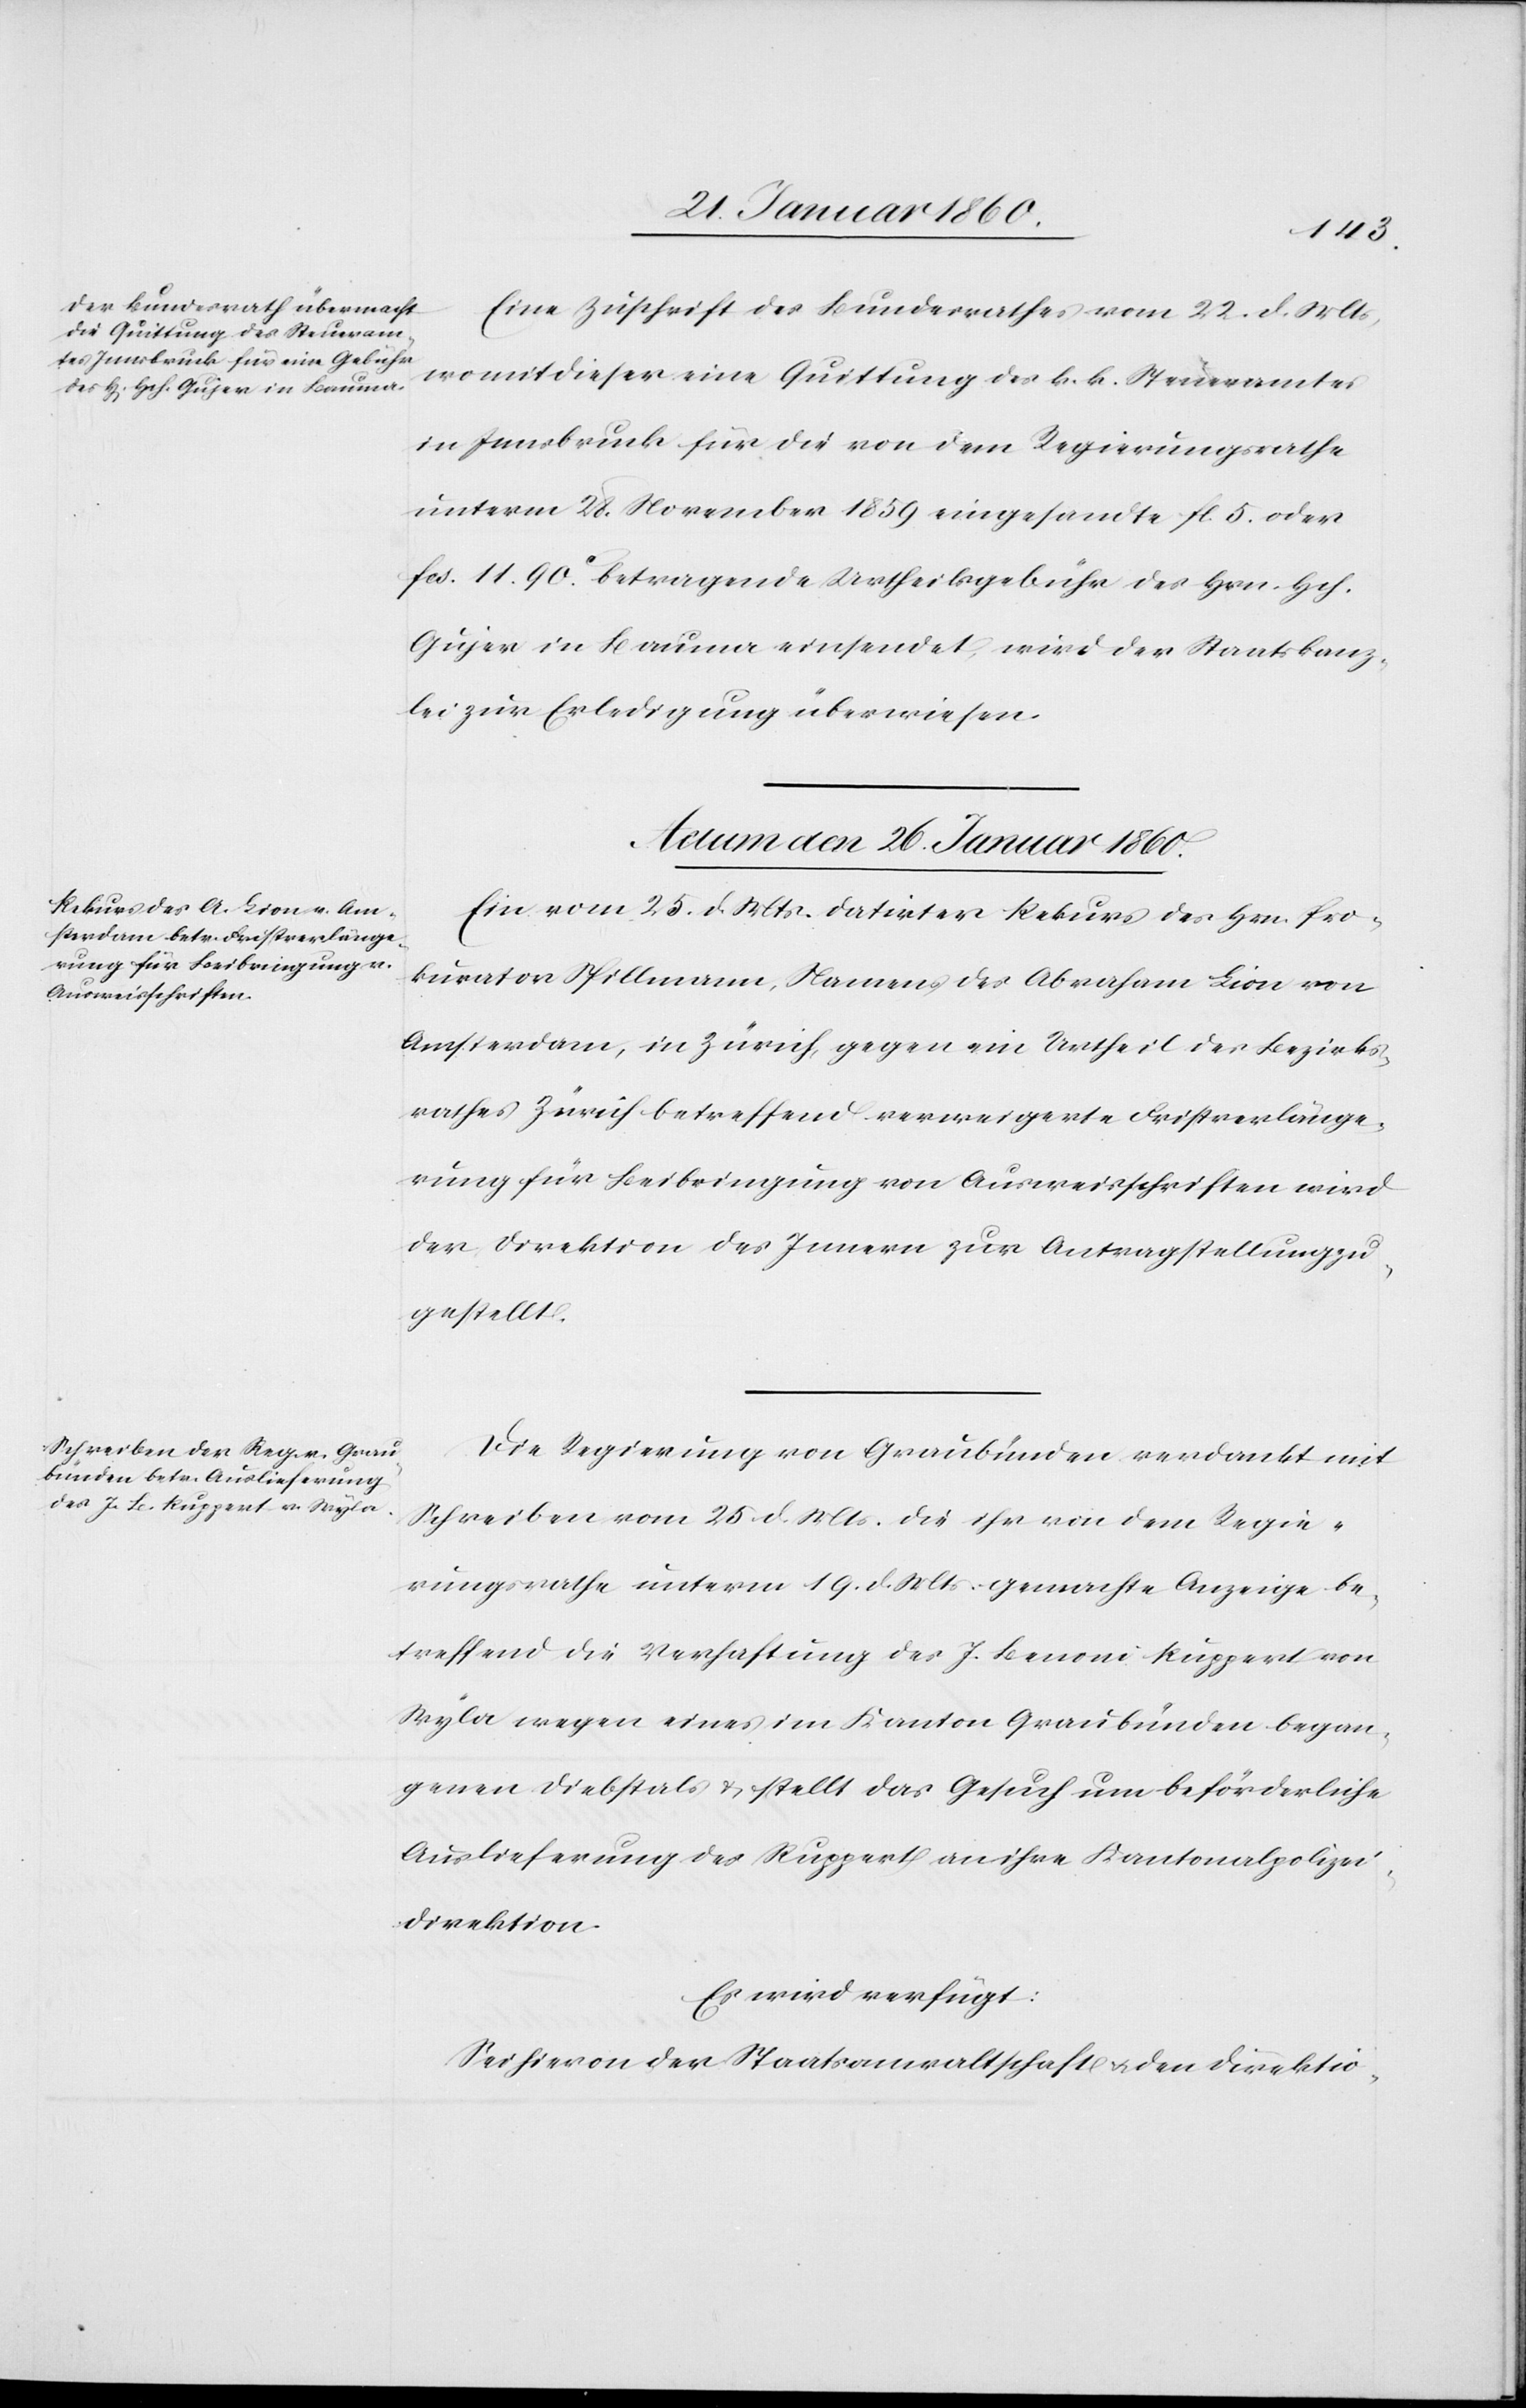
Eine Zuschrift des Bundesrathes vom 22. d. Mts.,
womit dieser eine Quittung des k. k. Steueramtes
in Innsbruck für die von dem Regierungsrathe
unterm, 28. November 1859. eingesandte fl. 5. oder
fcs. 11. 90.C betragende Urtheilsgebühr des Hrn. Hch.
Gujer in Bauma einsendet, wird der Staatskanz¬
lei zur Erledigung überwiesen.
Actum den 26. Januar 1860.]
Ein vom 25. d. Mts. datirter Rekurs des Hrn. Pro¬
kurator Spillmann, Namens des Abraham Lion von
Amsterdam, in Zürich, gegen ein Urtheil des Bezirks¬
rathes Zürich betreffend verweigerte Fristverlänge¬
rung für Beibringung von Ausweisschriften wird
der Direktion des Innern zur Antragstellung zu¬
gestellt.
Die Regierung von Graubünden verdankt mit
Schreiben vom 25. d. Mts. die ihr von dem Regie¬
rungsrathe unterm 19. d. Mts. gemachte Anzeige be¬
treffend die Verhaftung des J. Lenoni Ruppert von
Wyla wegen eines im Kanton Graubünden began¬
genen Diebstals u. stellt das Gesuch um beförderliche
Auslieferung des Ruppert an ihre Kantonalpolizei¬
direktion.
Es wird verfügt:
Sei hiervon der Staatsanwaltschaft u. den Direktio-